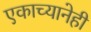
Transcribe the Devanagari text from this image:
एकाच्यानेही